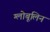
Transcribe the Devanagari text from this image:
ग्लोबूलिन